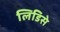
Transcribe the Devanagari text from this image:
लिडिसे